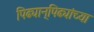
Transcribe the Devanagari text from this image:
पिढ्यान्‌पिढ्यांच्या